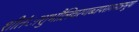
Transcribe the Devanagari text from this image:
शीतंाशुभौलिचरणब्जपरागमात्रभूषा